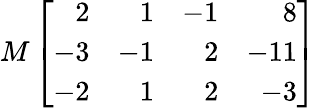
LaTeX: M\left[{\begin{array}{rrrr}{2}&{1}&{-1}&{8}\\ {-3}&{-1}&{2}&{-11}\\ {-2}&{1}&{2}&{-3}\end{array}}\right]